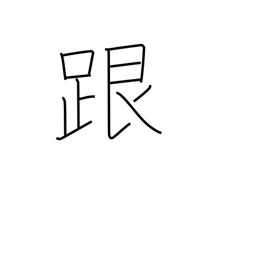
Meaning: heel